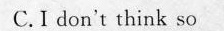
C.I don't think so